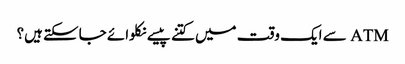
ATM سے ایک وقت میں کتنے پیسے نکلوائے جاسکتے ہیں؟